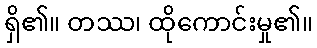
ရှိ၏။ တဿ၊ ထိုကောင်းမှု၏။